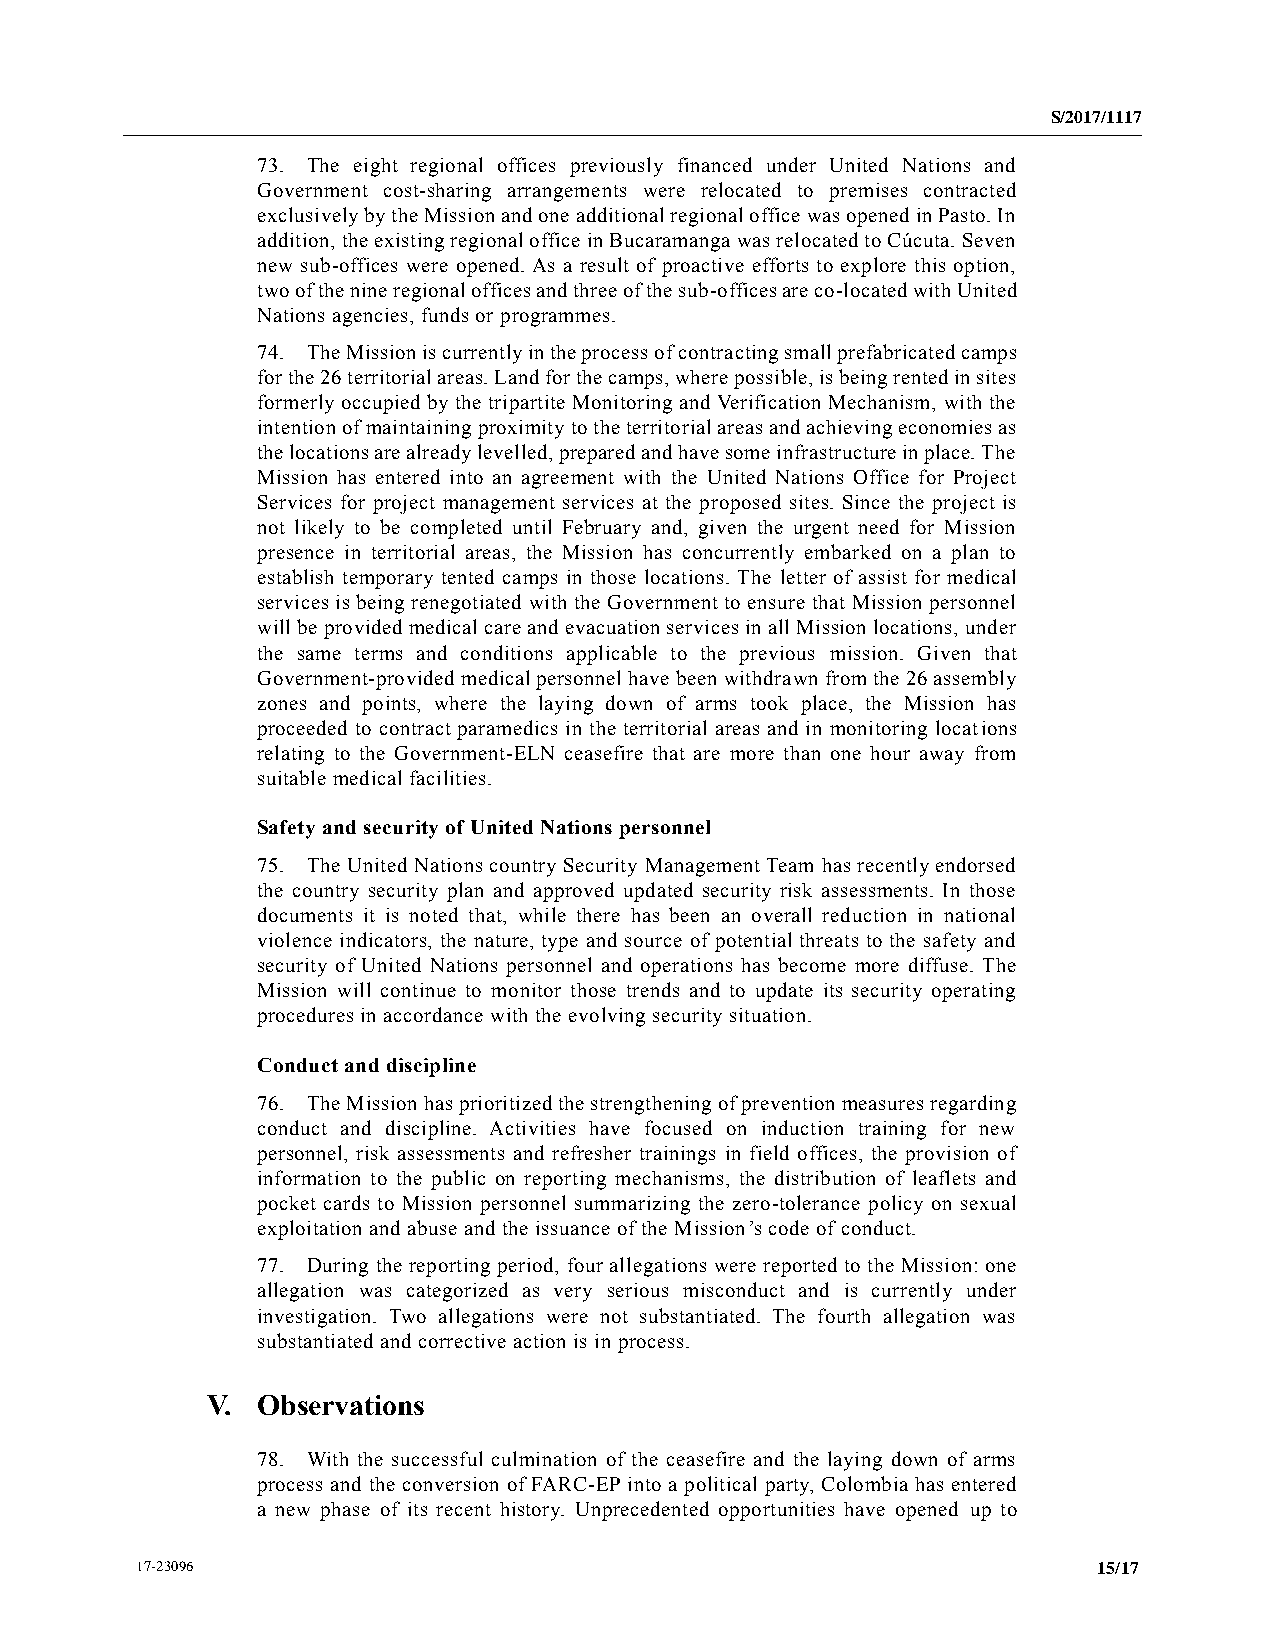
S/2017/1117
 73. The eight regional offices previously financed under United Nations and
 Government cost-sharing arrangements were relocated to premises contracted
 exclusively by the Mission and one additional regional office was opened in Pasto. In
 addition, the existing regional office in Bucaramanga was relocated to Cúcuta. Seven
 new sub-offices were opened. As a result of proactive efforts to explore this option,
 two of the nine regional offices and three of the sub-offices are co-located with United
 Nations agencies, funds or programmes.
 74. The Mission is currently in the process of contracting small prefabricated camps
 for the 26 territorial areas. Land for the camps, where possible, is being rented in sites
 formerly occupied by the tripartite Monitoring and Verification Mechanism, with the
 intention of maintaining proximity to the territorial areas and achieving economies as
 the locations are already levelled, prepared and have some infrastructure in place. The
 Mission has entered into an agreement with the United Nations Office for Project
 Services for project management services at the proposed sites. Since the project is
 not likely to be completed until February and, given the urgent need for Mission
 presence in territorial areas, the Mission has concurrently embarked on a plan to
 establish temporary tented camps in those locations. The letter of assist for medical
 services is being renegotiated with the Government to ensure that Mission personnel
 will be provided medical care and evacuation services in all Mission locations, under
 the same terms and conditions applicable to the previous mission. Given that
 Government-provided medical personnel have been withdrawn from the 26 assembly
 zones and points, where the laying down of arms took place, the Mission has
 proceeded to contract paramedics in the territorial areas and in monitoring locations
 relating to the Government-ELN ceasefire that are more than one hour away from
 suitable medical facilities.
 Safety and security of United Nations personnel
 75. The United Nations country Security Management Team has recently endorsed
 the country security plan and approved updated security risk assessments. In those
 documents it is noted that, while there has been an overall reduction in national
 violence indicators, the nature, type and source of potential threats to the safety and
 security of United Nations personnel and operations has become more diffuse. The
 Mission will continue to monitor those trends and to update its security operating
 procedures in accordance with the evolving security situation.
 Conduct and discipline
 76. The Mission has prioritized the strengthening of prevention measures regarding
 conduct and discipline. Activities have focused on induction training for new
 personnel, risk assessments and refresher trainings in field offices, the provision of
 information to the public on reporting mechanisms, the distribution of leaflets and
 pocket cards to Mission personnel summarizing the zero-tolerance policy on sexual
 exploitation and abuse and the issuance of the Mission’s code of conduct.
 77. During the reporting period, four allegations were reported to the Mission: one
 allegation was categorized as very serious misconduct and is currently under
 investigation. Two allegations were not substantiated. The fourth allegation was
 substantiated and corrective action is in process.
 V. Observations
 78. With the successful culmination of the ceasefire and the laying down of arms
 process and the conversion of FARC-EP into a political party, Colombia has entered
 a new phase of its recent history. Unprecedented opportunities have opened up to
 17-23096                                                        15/17